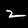
Digit: 2